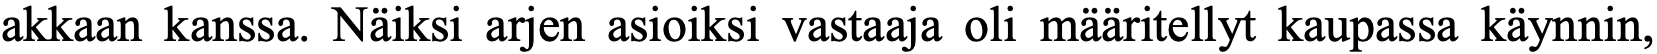
akkaan kanssa. Näiksi arjen asioiksi vastaaja oli määritellyt kaupassa käynnin,